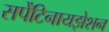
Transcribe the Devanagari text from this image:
सर्पेंटिनायझेशन